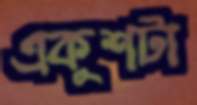
একুশটা